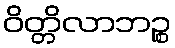
ဝိတ္တိလာဘဉ္စ